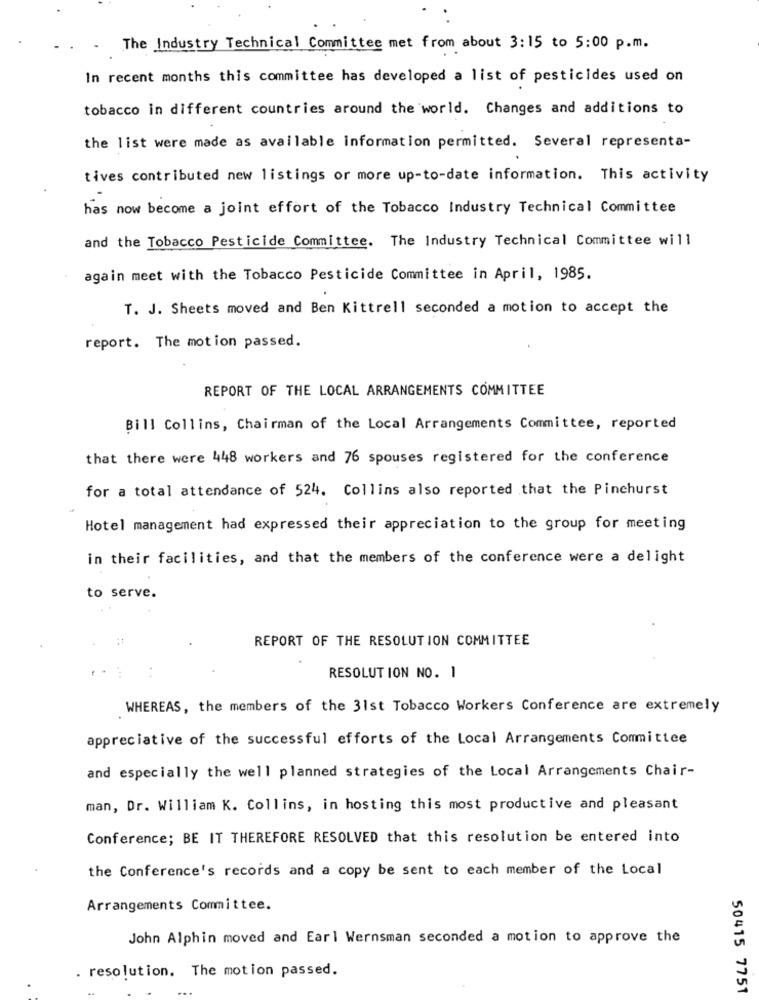
The Industry Technical Committee met from about 3:15 to 5:00 p.m.
In recent months this committee has developed a list of pesticides used on
tobacco in different countries around the world. Changes and additions to
the list were made as available information permitted. Several representa-
tives contributed new listings or more up-to-date information. This activity
has now become a joint effort of the Tobacco Industry Technical Committee
and the Tobacco Pesticide Committee. The Industry Technical Committee will
again meet with the Tobacco Pesticide Committee in April, 1985.
T. J. Sheets moved and Ben Kittrell seconded a motion to accept the
report. The motion passed.
REPORT OF THE LOCAL ARRANGEMENTS COMMITTEE
Bill Collins, Chairman of the Local Arrangements Committee, reported
that there were 448 workers and 76 spouses registered for the conference
for a total attendance of 524. Collins also reported that the Pinehurst
Hotel management had expressed their appreciation to the group for meeting
in their facilities, and that the members of the conference were a delight
to serve.
REPORT OF THE RESOLUTION COMMITTEE
RESOLUTION NO. 1
WHEREAS, the members of the 31st Tobacco Workers Conference are extremely
appreciative of the successful efforts of the Local Arrangements Committee
and especially the well planned strategies of the Local Arrangements Chair-
man, Dr. William K. Collins, in hosting this most productive and pleasant
Conference; BE IT THEREFORE RESOLVED that this resolution be entered into
the Conference's records and a copy be sent to each member of the Local
Arrangements Committee.
John Alphin moved and Earl Wernsman seconded a motion to approve the
. resolution. The motion passed.
50415 7751